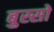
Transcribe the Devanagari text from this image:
बुस्सो